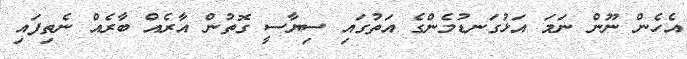
އެހެން ނޫން ނަމަ އަޅުގަނޑުމެންގެ އަތުގައި ސިޔާސީ ގޮތުން އާރެއް ބާރެއް ނެތިފައި